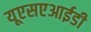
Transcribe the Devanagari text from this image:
यूएसएआईडी